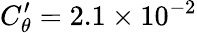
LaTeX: C_{\theta}^{\prime}=2.1\times 10^{-2}